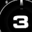
Digit: 3